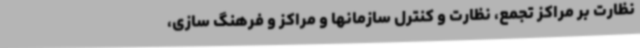
نظارت بر مراکز تجمع، نظارت و کنترل سازمانها و مراکز و فرهنگ سازی،